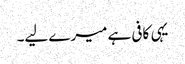
یہی کافی ہے میرے لیے۔